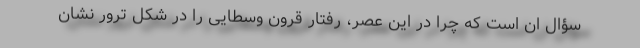
سؤال ان است که چرا در این عصر، رفتار قرون وسطایی را در شکل ترور نشان